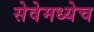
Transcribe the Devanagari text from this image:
सेवेमध्येच